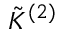
\tilde { K } ^ { ( 2 ) }